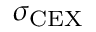
\sigma _ { \mathrm { C E X } }